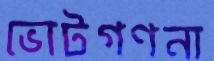
ভোটগণনা